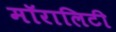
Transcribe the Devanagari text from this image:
मॉरालिटी